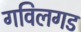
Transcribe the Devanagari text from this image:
गविलगड